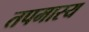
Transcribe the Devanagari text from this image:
तपमास्य